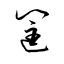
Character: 筐